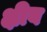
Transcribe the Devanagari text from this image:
क्षीय